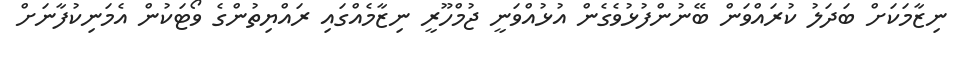
ނިޒާމަކަށް ބަދަލު ކުރައްވަން ބޭނުންފުޅުވެގެން އުޅުއްވަނީ ޖުމްހޫރީ ނިޒާމެއްގައި ރައްޔިތުންގެ ވޯޓަކުން އެމަނިކުފާނަށް